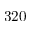
3 2 0